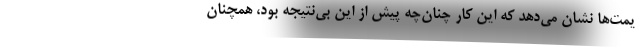
یمت‌ها نشان می‌دهد که این کار چنان‌چه پیش از این بی‌نتیجه بود، همچنان